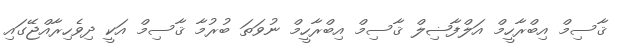
ޤާސިމް އިބްރާހީމް އަލްފާޟިލް ޤާސިމް އިބްރާހީމް ނުވަތަ ބުރުމާ ޤާސިމް އަކީ ދިވެހިރާއްޖޭގައި